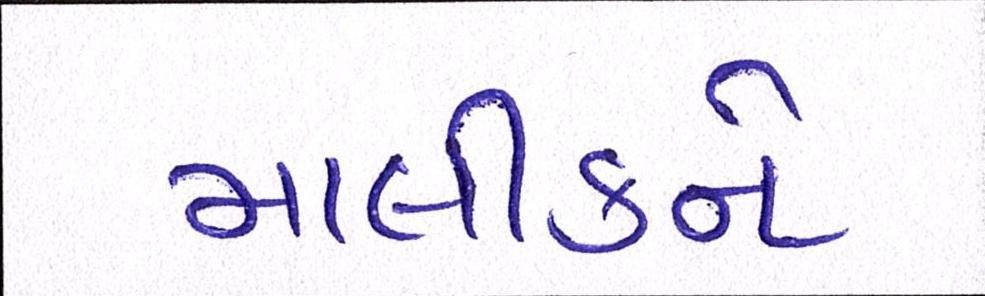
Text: માલીકને